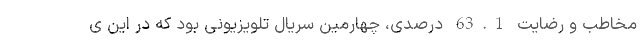
مخاطب و رضایت 63.1 درصدی، چهارمین سریال تلویزیونی بود که در این ی